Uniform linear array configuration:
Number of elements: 8
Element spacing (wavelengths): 1
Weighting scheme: uniform
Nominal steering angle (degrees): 15
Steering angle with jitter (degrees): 14.566
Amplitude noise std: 0.05
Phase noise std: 0.05

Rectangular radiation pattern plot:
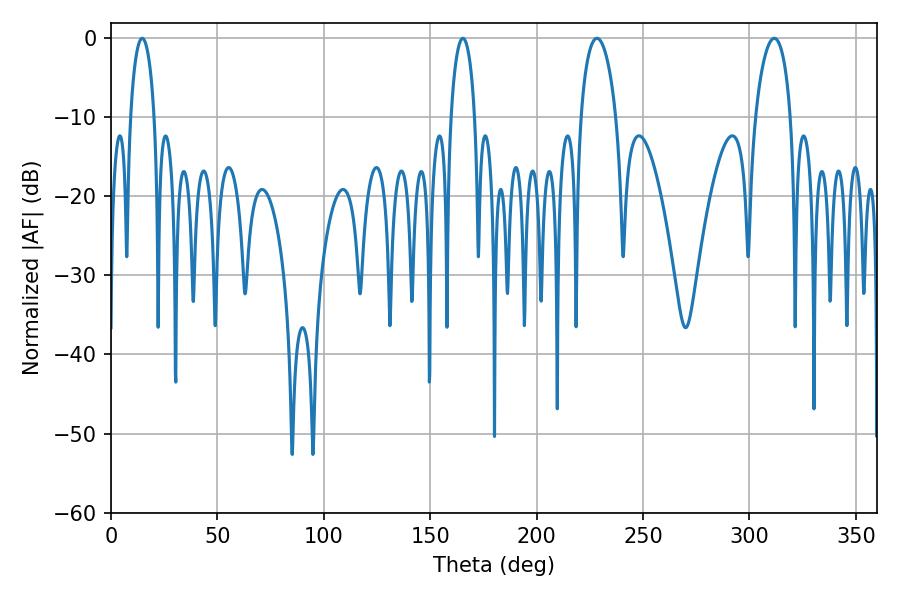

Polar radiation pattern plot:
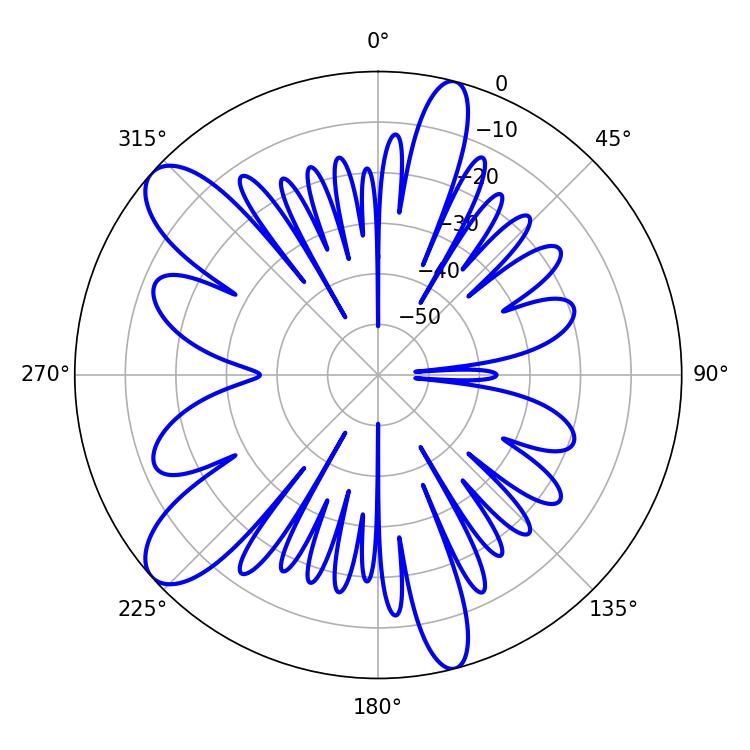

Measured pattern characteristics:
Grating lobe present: TRUE
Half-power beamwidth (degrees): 9.36
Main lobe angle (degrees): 228.42